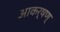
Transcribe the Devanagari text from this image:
आकर्षण्